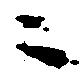
ニ